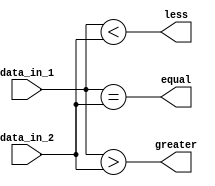
module comparator(
    input [3:0] data_in_1,
    input [3:0] data_in_2,
    output equal,
    output greater,
    output less
);

assign equal = (data_in_1 == data_in_2);
assign greater = (data_in_1 > data_in_2);
assign less = (data_in_1 < data_in_2);

endmodule